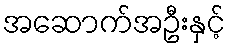
အဆောက်အဦးနှင့်